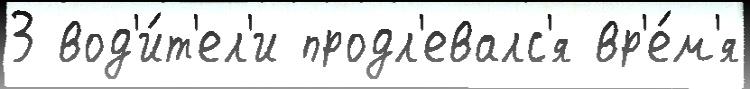
3 вод'и́т'ел'и продл'евалс'я вр'е́м'я